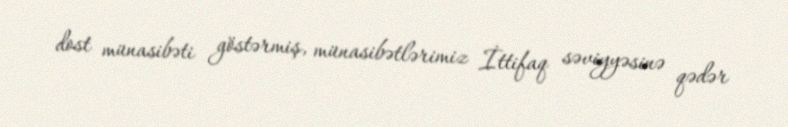
dost münasibəti göstərmiş, münasibətlərimiz İttifaq səviyyəsinə qədər